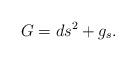
LaTeX: \begin{align*}G=ds^2+g_s.\end{align*}